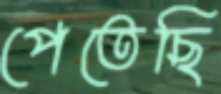
পেতেছি